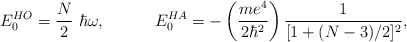
\begin{align*}E_{0}^{HO}= \frac{N}{2}~ \hbar\omega, ~~~~~~~~~E_{0}^{HA}= -\left(\frac{me^4}{2\hbar^2}\right)\frac{1}{[1+(N-3)/2]^2},\end{align*}